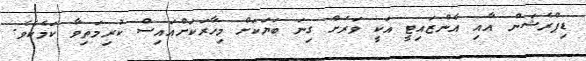
ޑިޕްރެޝަން އާއި އެންޒައިޓީ އަކީ ވަރަށް ގިނަ ބަޔަކަށް މިހާރަކަށްއައިސް ކުރިމަތިވާ ކަމެކެވެ.